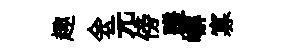
趣会元傍蹉嶰寡